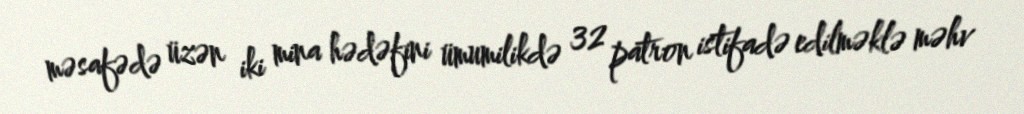
məsafədə üzən iki mina hədəfini ümumilikdə 32 patron istifadə edilməklə məhv